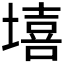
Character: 𰊦